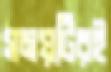
সময়টিরই